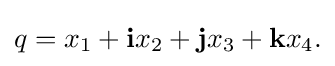
q=x_{1}+\mathbf {i} x_{2}+\mathbf {j} x_{3}+\mathbf {k} x_{4}.\,\!